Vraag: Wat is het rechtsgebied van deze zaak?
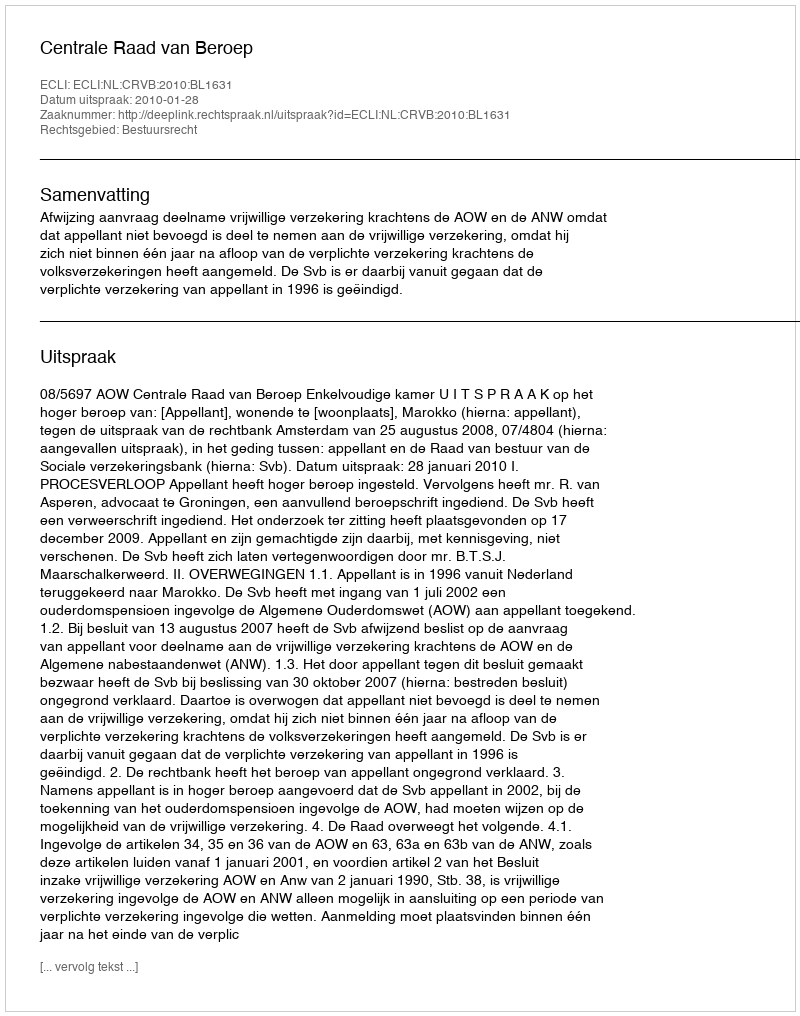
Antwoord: Bestuursrecht